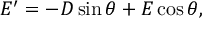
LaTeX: E ^ { \prime } = - D \sin \theta + E \cos \theta ,